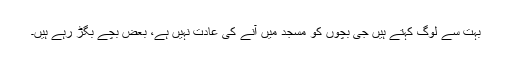
بہت سے لوگ کہتے ہیں جی بچوں کو مسجد میں آنے کی عادت نہیں ہے، بعض بچے بگڑ رہے ہیں۔